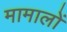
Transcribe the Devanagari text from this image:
मामालों